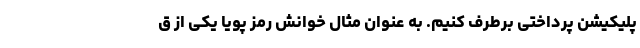
پلیکیشن پرداختی برطرف کنیم. به عنوان مثال خوانش رمز پویا یکی از ق